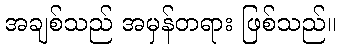
အချစ်သည် အမှန်တရား ဖြစ်သည်။